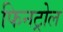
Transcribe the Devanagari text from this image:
फिनट्रोल